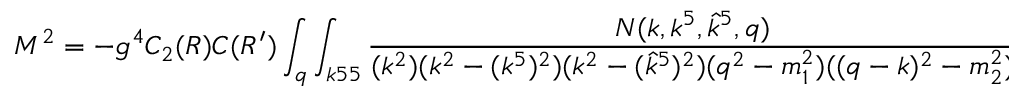
M ^ { 2 } = - g ^ { 4 } C _ { 2 } ( R ) C ( R ^ { \prime } ) \int _ { q } \int _ { k 5 5 } { \frac { N ( k , k ^ { 5 } , { \hat { k } } ^ { 5 } , q ) } { ( k ^ { 2 } ) ( k ^ { 2 } - ( k ^ { 5 } ) ^ { 2 } ) ( k ^ { 2 } - ( { \hat { k } } ^ { 5 } ) ^ { 2 } ) ( q ^ { 2 } - m _ { 1 } ^ { 2 } ) ( ( q - k ) ^ { 2 } - m _ { 2 } ^ { 2 } ) } }